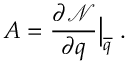
\boldsymbol { A } = \frac { \partial \mathcal { N } } { \partial \boldsymbol { q } } \big | _ { \overline { { \boldsymbol { q } } } } \mathrm { ~ . ~ }